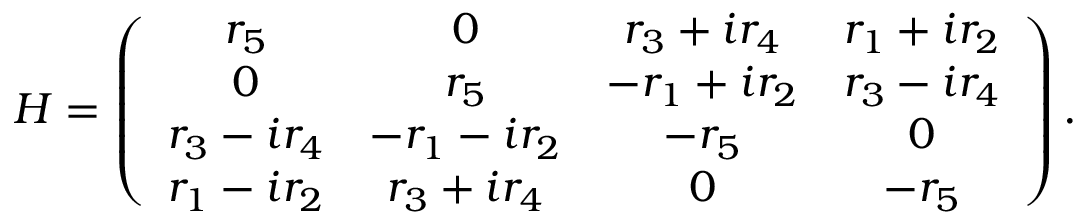
H = \left( \begin{array} { c c c c } { { r _ { 5 } } } & { { 0 } } & { { r _ { 3 } + i r _ { 4 } } } & { { r _ { 1 } + i r _ { 2 } } } \\ { { 0 } } & { { r _ { 5 } } } & { { - r _ { 1 } + i r _ { 2 } } } & { { r _ { 3 } - i r _ { 4 } } } \\ { { r _ { 3 } - i r _ { 4 } } } & { { - r _ { 1 } - i r _ { 2 } } } & { { - r _ { 5 } } } & { { 0 } } \\ { { r _ { 1 } - i r _ { 2 } } } & { { r _ { 3 } + i r _ { 4 } } } & { { 0 } } & { { - r _ { 5 } } } \end{array} \right) .